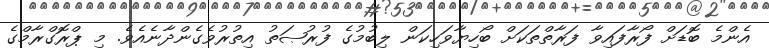
އެންމެ ބޮޑަށް ފޯރާފައިވާ ފަރާތްތަކަށް ބޯހިޔާވަހިކަން ލިބުމުގެ ފުރުޞަތު އިތުރުވެގެންދާނެއެވެ. މި ޕްރޮގްރާމްގެ